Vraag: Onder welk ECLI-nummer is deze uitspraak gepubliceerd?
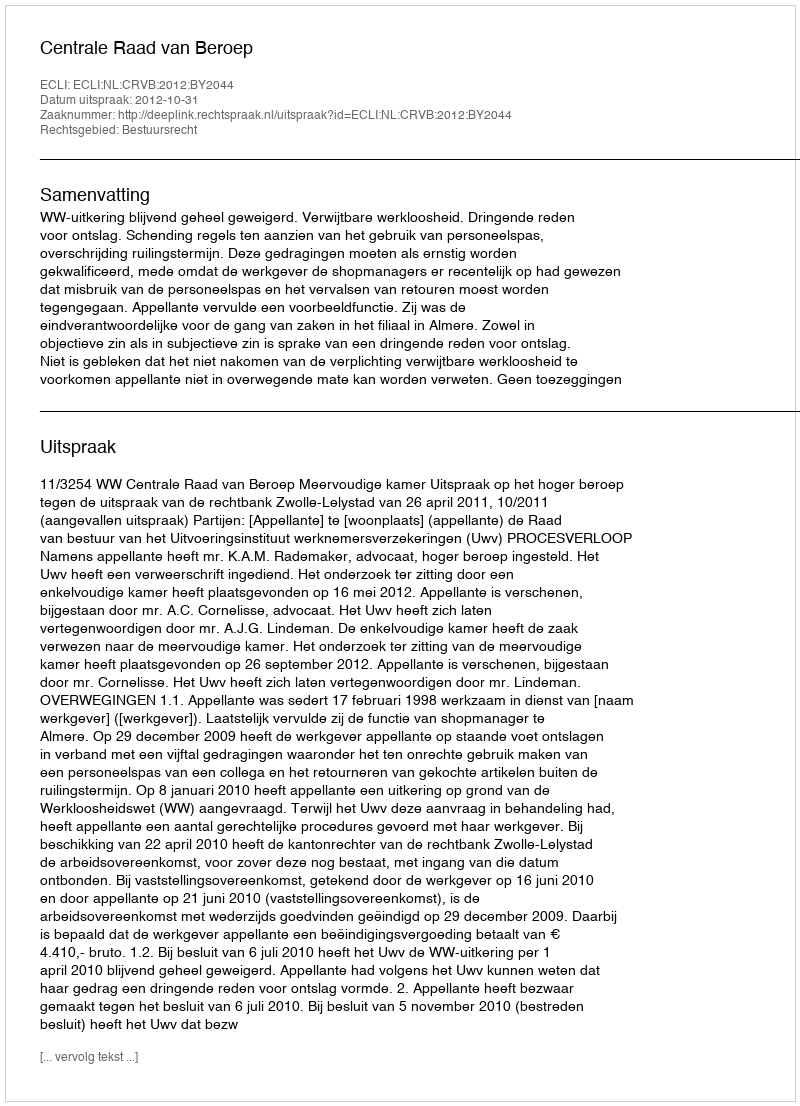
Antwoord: ECLI:NL:CRVB:2012:BY2044